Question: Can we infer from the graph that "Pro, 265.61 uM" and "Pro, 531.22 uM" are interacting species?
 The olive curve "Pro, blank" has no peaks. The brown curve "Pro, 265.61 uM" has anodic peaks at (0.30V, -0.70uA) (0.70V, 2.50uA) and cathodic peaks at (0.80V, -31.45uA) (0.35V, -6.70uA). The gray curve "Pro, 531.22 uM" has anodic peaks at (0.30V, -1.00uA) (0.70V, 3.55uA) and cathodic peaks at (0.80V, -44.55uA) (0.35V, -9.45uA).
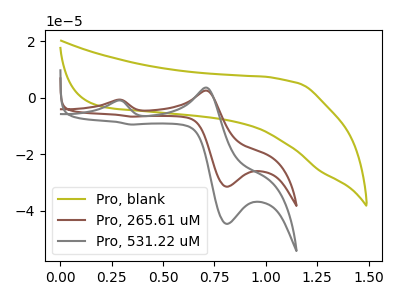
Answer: <think>All the peaks in "Pro, 265.61 uM" have a peak in "Pro, 531.22 uM" at the same potential.
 </think>
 <answer>No, "Pro, 265.61 uM" and "Pro, 531.22 uM" don't appear to be significantly different in shape</answer>
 <eval>no_change</eval>